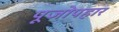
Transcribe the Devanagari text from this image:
पूजोपहार